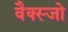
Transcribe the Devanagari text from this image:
वैक्स्जो